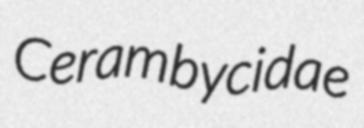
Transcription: Cerambycidae